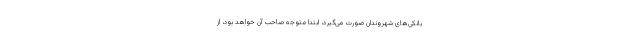
بانکی‌های شهروندان صورت می‌گیرد، ابتدا متوجه صاحب آن خواهد بود، از